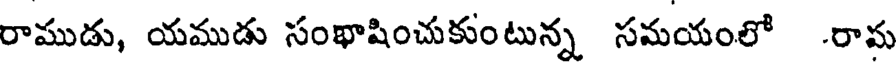
రాముడు, యముడు సంభాషించుకుంటున్న సమయంలో రామ